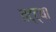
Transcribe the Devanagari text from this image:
तट्ट्या